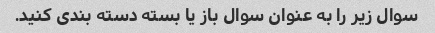
سوال زیر را به عنوان سوال باز یا بسته دسته بندی کنید.